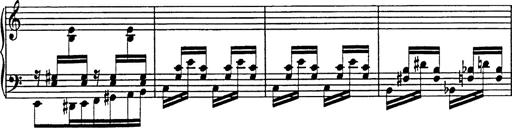
Title: Galop in A minor
Composer: Franz Liszt
Key: A minor